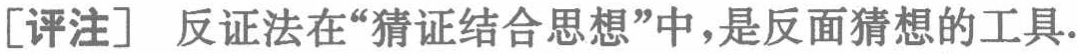
[评注] 反证法在“猜证结合思想”中，是反面猜想的工具.